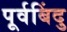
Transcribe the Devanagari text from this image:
पूर्वबिंदु